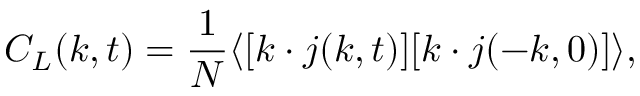
C _ { L } ( \boldsymbol { k } , t ) = \frac { 1 } { N } \langle [ \boldsymbol { k } \cdot \boldsymbol { j } ( \boldsymbol { k } , t ) ] [ \boldsymbol { k } \cdot \boldsymbol { j } ( - \boldsymbol { k } , 0 ) ] \rangle ,